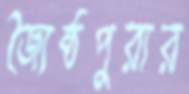
জ্যৈষ্ঠপুরার